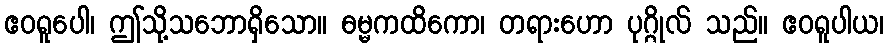
ဧဝရူပေါ၊ ဤသို့သဘောရှိသော။ ဓမ္မကထိကော၊ တရားဟော ပုဂ္ဂိုလ် သည်။ ဧဝရူပါယ၊